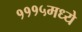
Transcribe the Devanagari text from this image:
१११५मध्ये